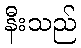
နီးသည်